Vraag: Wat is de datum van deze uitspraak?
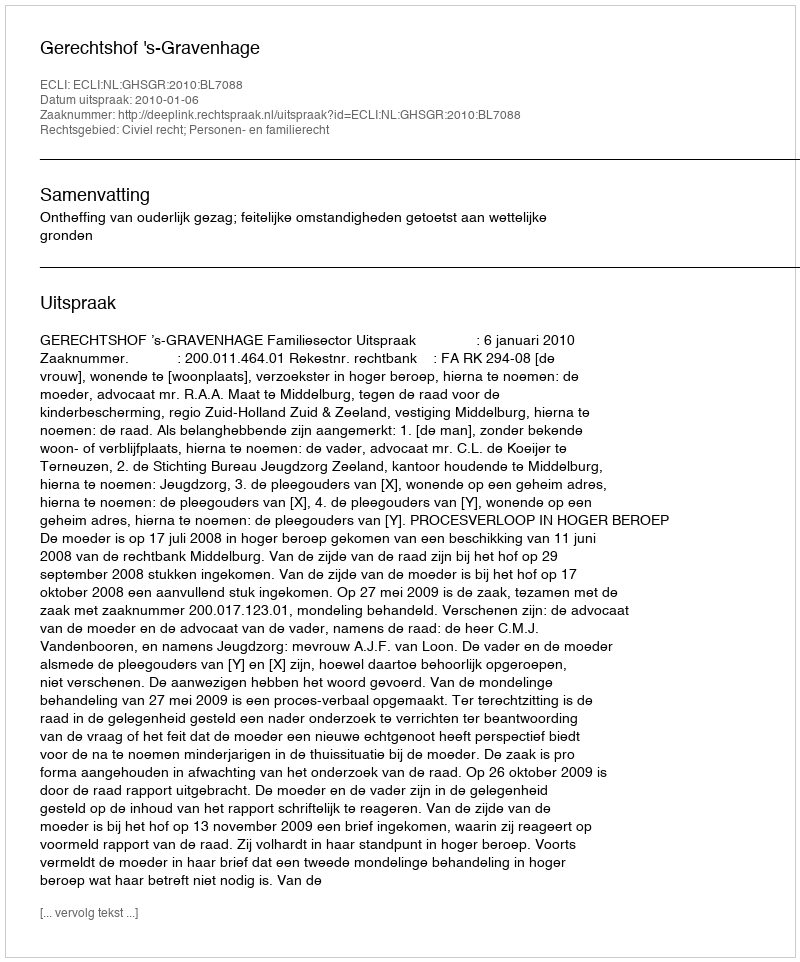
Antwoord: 2010-01-06